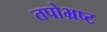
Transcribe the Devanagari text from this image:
तपोभ्रष्ट